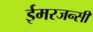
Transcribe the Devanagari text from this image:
ईमरजन्सी